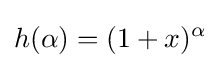
h(\alpha )=(1+x)^{\alpha }